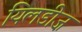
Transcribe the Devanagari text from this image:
यिलडीज़